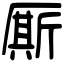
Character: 厮